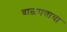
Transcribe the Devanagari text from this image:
बाळपणाचा